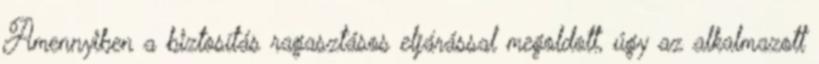
Amennyiben a biztosítás ragasztásos eljárással megoldott, úgy az alkalmazott